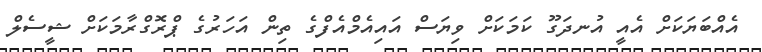
އެއްބަޔަކަށް އެއީ އުނދަގޫ ކަމަކަށް ވިޔަސް އައިއެމްއެފްގެ ތިން އަހަރުގެ ޕްރޮގްރާމަކަށް ޝީސެލް